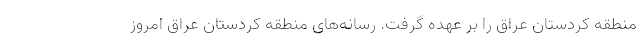
منطقه کردستان عراق را بر عهده گرفت. رسانه‌های منطقه کردستان عراق امروز